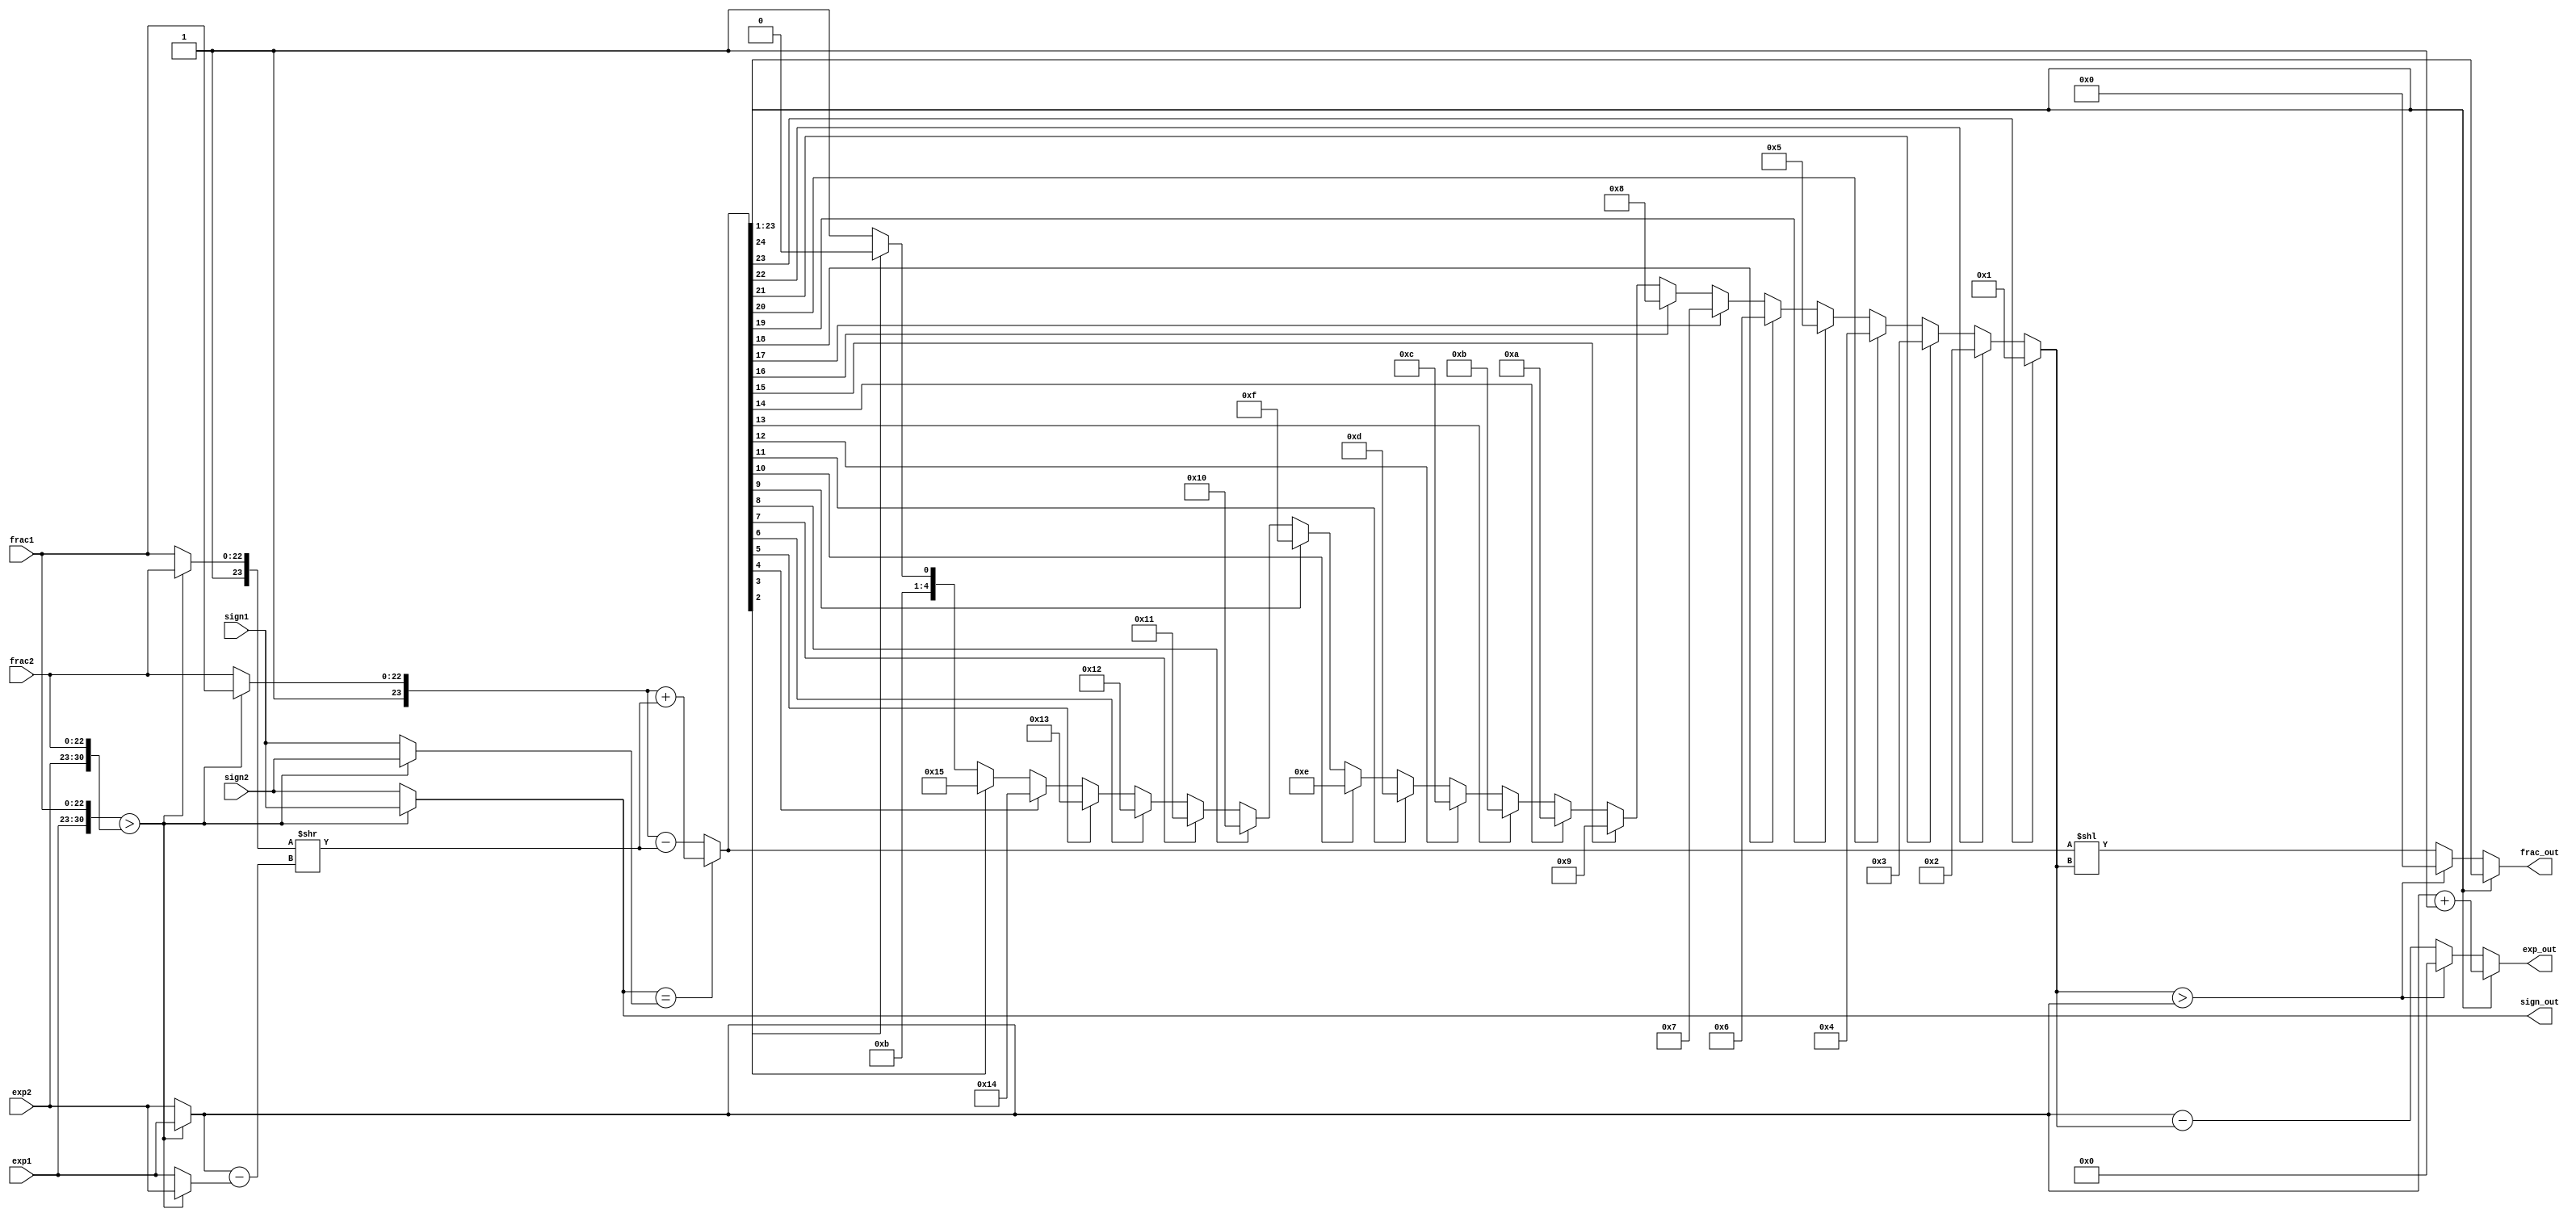
module fp_adder(
    input wire sign1,sign2,
    input wire[7:0] exp1,exp2,
    input wire [22:0] frac1,frac2,
    output reg sign_out,
    output reg [7:0] exp_out,
    output reg [22:0] frac_out
);
reg signb,signs;
reg [7:0] expb,exps,expn,exp_diff;
reg[23:0] fracb,fracs,fraca;
reg [22:0]fracn;
reg[24:0] sum;
reg [23:0]sum_norm;
reg [4:0]leading;
//body
integer i;
always@*
begin
    //first we will find the larger number
    if({exp1,frac1}>{exp2,frac2})
        begin
            signb=sign1;
            signs=sign2;
            expb=exp1;
            exps=exp2;
            fracb={1'b1,frac1};
            fracs={1'b1,frac2};
        end
    else 
        begin
            signb=sign2;
            signs=sign1;
            expb=exp2;
            exps=exp1;
            fracb={1'b1,frac2};
            fracs={1'b1,frac1};
        end
    
    //Now,we will align the smaller guy
    exp_diff=expb-exps;
    fraca=fracs >> exp_diff;

    //next, will perform addition/subtraction
    if(signb==signs)
        sum={1'b0,fracb}+{1'b0,fraca};
    else
        sum={1'b0,fracb}-{1'b0,fraca};

    //Now, we will normalize it 
    //counting leading 0s
    leading=23;
        for(i=1;i<24;i=i+1)begin
            if(sum[i])begin
                leading=24-i;
            end
            else begin
                leading=leading;
            end
        end
    sum_norm=sum<<leading;
    if(sum[24])begin
        expn=expb+1;
        fracn=sum[23:1];
    end
    else if(leading>expb)begin
        expn=0;
        fracn=0;
    end
    else begin
        expn=expb-leading;
        fracn=sum_norm[22:0];
    end
    sign_out=signb;
    exp_out=expn;
    frac_out=fracn;
end
endmodule